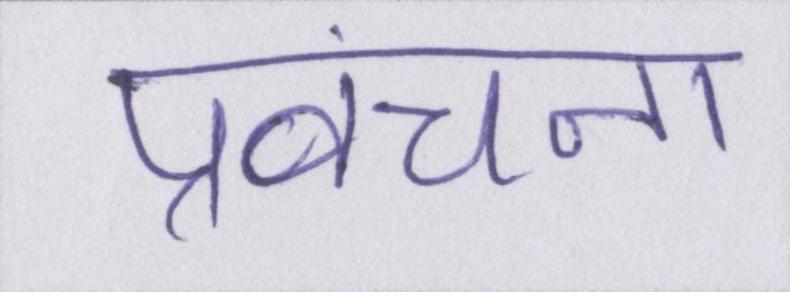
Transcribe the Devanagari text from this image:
प्रवंचना